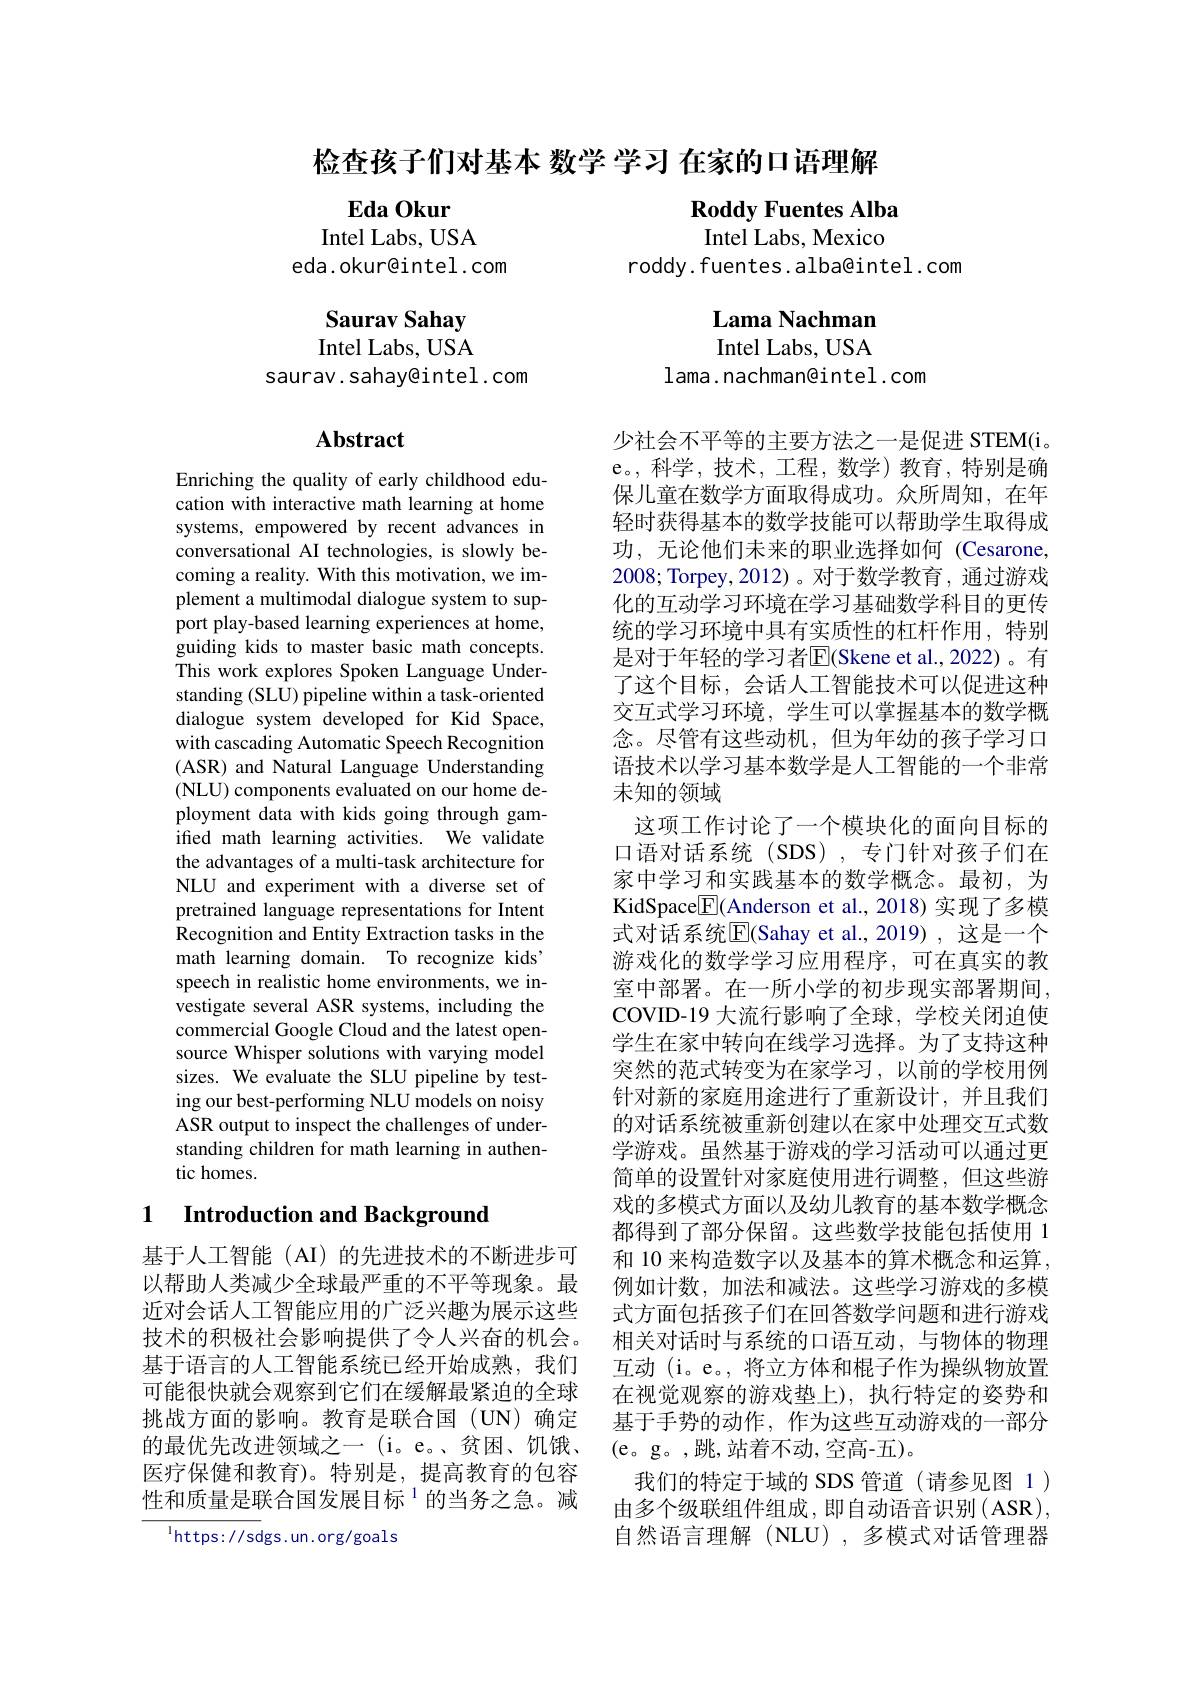
检查孩子们对基本 数学 学习 在家的口语理解

Eda Okur

$\textbf{Roddy Fuentes Alba}$

Intel Labs, Mexico

Intel Labs, USA
eda.okur@intel.com

roddy. fuentes. alba@intel. com

Saurav Sahay Intel Labs, USA
saurav. sahay@intel . com

Lama Nachman Intel Labs, USA
lama. nachman@intel. com

## Abstract

Enriching the quality of early childhood education with interactive math learning at home systems, empowered by recent advances in conversational AI technologies, is slowly becoming a reality. With this motivation, we implement a multimodal dialogue system to support play-based learning experiences at home, guiding kids to master basic math concepts. This work explores Spoken Language Understanding (SLU) pipeline within a task-oriented dialogue system developed for Kid Space, with cascading Automatic Speech Recognition (ASR) and Natural Language Understanding (NLU) components evaluated on our home deployment data with kids going through gamifed math learning activities. We validate the advantages of a multi-task architecture for NLU and experiment with a diverse set of pretrained language representations for Intent Recognition and Entity Extraction tasks in the math learning domain. To recognize kids' speech in realistic home environments, we investigate several ASR systems, including the commercial Google Cloud and the latest opensource Whisper solutions with varying model sizes. We evaluate the SLU pipeline by testing our best-performing NLU models on noisy ASR output to inspect the challenges of understanding children for math learning in authentic homes.

少社会不平等的主要方法之一是促进 STEM(i。e。,科学，技术，工程，数学)教育，特别是确保儿童在数学方面取得成功。众所周知，在年轻时获得基本的数学技能可以帮助学生取得成功，无论他们未来的职业选择如何(Cesarone, 2008; Torpey,2012)。对于数学教育，通过游戏化的互动学习环境在学习基础数学科目的更传统的学习环境中具有实质性的杠杆作用，特别是对于年轻的学习者$\overline{\mathrm{E}}($Skene et al.,2022)。有了这个目标，会话人工智能技术可以促进这种交互式学习环境，学生可以掌握基本的数学概念。尽管有这些动机，但为年幼的孩子学习口语技术以学习基本数学是人工智能的一个非常未知的领域
这项工作讨论了一个模块化的面向目标的口语对话系统(SDS),专门针对孩子们在家中学习和实践基本的数学概念。最初，为KidSpace$\boxed{\mathrm{F}}($Anderson et al., 2018)实现了多模式对话系统$\overline{\mathrm{E}}($Sahay et al.,2019), 这是一个游戏化的数学学习应用程序，可在真实的教室中部署。在一所小学的初步现实部署期间， COVID-19 大流行影响了全球，学校关闭迫使学生在家中转向在线学习选择。为了支持这种突然的范式转变为在家学习，以前的学校用例针对新的家庭用途进行了重新设计，并且我们的对话系统被重新创建以在家中处理交互式数学游戏。虽然基于游戏的学习活动可以通过更简单的设置针对家庭使用进行调整，但这些游戏的多模式方面以及幼儿教育的基本数学概念都得到了部分保留。这些数学技能包括使用 1和 10 来构造数字以及基本的算术概念和运算， 例如计数，加法和减法。这些学习游戏的多模式方面包括孩子们在回答数学问题和进行游戏相关对话时与系统的口语互动，与物体的物理互动 (i。e。, 将立方体和棍子作为操纵物放置在视觉观察的游戏垫上),执行特定的姿势和基于手势的动作，作为这些互动游戏的一部分(e。g。,跳，站着不动，空高-五)。
我们的特定于域的 SDS 管道(请参见图 1) 由多个级联组件组成，即自动语音识别(ASR), 自然语言理解(NLU),多模式对话管理器

## 1 Introduction and Background

基于人工智能(AI)的先进技术的不断进步可以帮助人类减少全球最严重的不平等现象。最近对会话人工智能应用的广泛兴趣为展示这些技术的积极社会影响提供了令人兴奋的机会。基于语言的人工智能系统已经开始成熟，我们可能很快就会观察到它们在缓解最紧迫的全球挑战方面的影响。教育是联合国(UN)确定的最优先改进领域之一 (i。e。、贫困、饥饿、 医疗保健和教育)。特别是，提高教育的包容性和质量是联合国发展目标$^{1}$的当务之急。减

$^{\mathrm{l}}$https://sdgs.un.org/goals